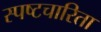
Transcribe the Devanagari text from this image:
स्पष्टचारिता